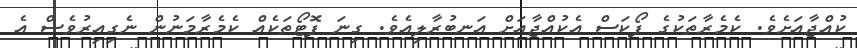
ކުއްޖާއަށެވެ. ކެމެރާތަކުގެ ފޯކަސް އެކުއްޖާއަށް އަނބުރާލިއެވެ. ގިނަ ފޮޓޯތަކެއް ކެމެރާމަނުން ނެގިއިރުވެސް އެ